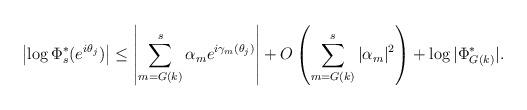
LaTeX: \begin{align*}\left|\log \Phi_s^*(e^{i\theta_j})\right| \leq \left|\sum_{m=G(k)}^s \alpha_me^{i\gamma_m(\theta_j)}\right|+O\left(\sum_{m=G(k)}^s |\alpha_m|^2\right) + \log|\Phi_{G(k)}^*|.\end{align*}